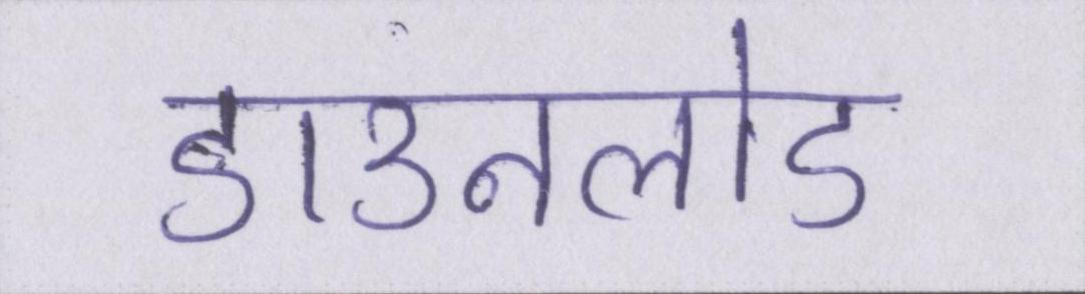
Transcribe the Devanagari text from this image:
डाउनलोड